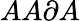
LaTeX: AA\partial A